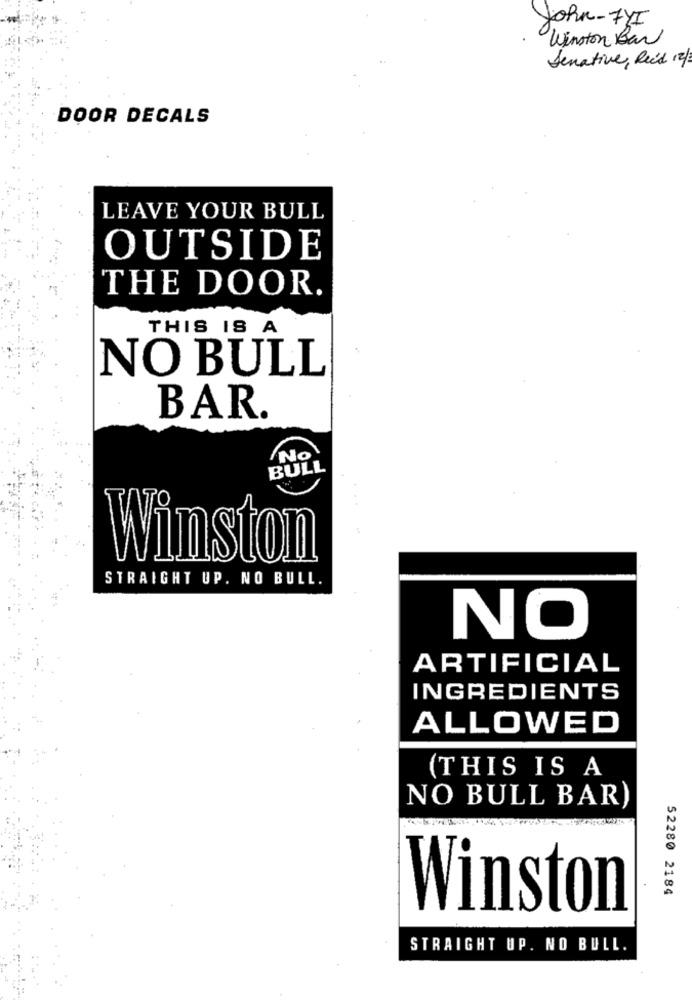
John-FYI
Winston Bar
Senative, Reid 12/
DOOR DECALS
LEAVE YOUR BULL
OUTSIDE
THE DOOR.
THIS IS A
NO BULL
BAR.
NO
BULL
Winston
STRAIGHT UP. NO BULL.
NO
ARTIFICIAL
INGREDIENTS
ALLOWED
(THIS IS A
NO BULL BAR)
52280 2184
Winston
STRAIGHT UP. NO BULL.